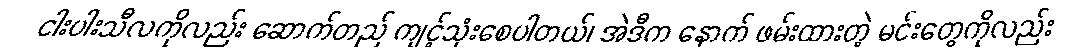
ငါးပါးသီလကိုလည်း ဆောက်တည် ကျင့်သုံးစေပါတယ်၊ အဲဒီက နောက် ဖမ်းထားတဲ့ မင်းတွေကိုလည်း